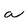
Character: a